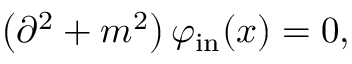
\left( \partial ^ { 2 } + m ^ { 2 } \right) \varphi _ { \mathrm { i n } } ( x ) = 0 ,